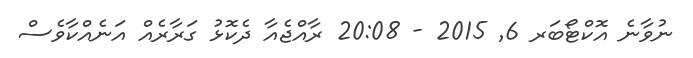
ނުވާނެ އޮކްޓޯބަރ 6